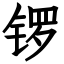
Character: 锣